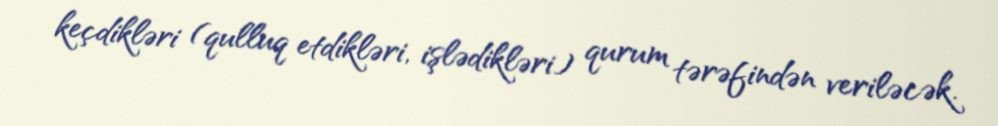
keçdikləri (qulluq etdikləri, işlədikləri) qurum tərəfindən veriləcək.